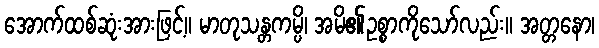
အောက်ထစ်ဆုံးအားဖြင့်။ မာတုသန္တကမ္ပိ၊ အမိ၏ဥစ္စာကိုသော်လည်း။ အတ္တနော၊